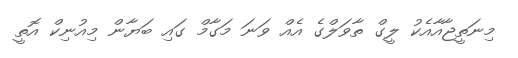
މިނަތީޖާއާއެކު ލީގް ތާވަލްގެ އެއް ވަނަ މަގާމް ގައި ބަޔާން މިއުނިކް އޮތީ